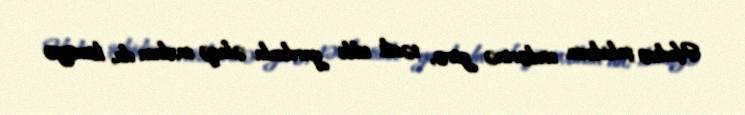
Hadisə şahidinin sözlərinə görə, təcili tibbi yardımla əlaqə saxlasa da, köməyə